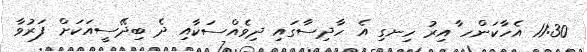
11:30 އެހާކަންހ ާއިރު ހިނގި އެ ހާދިސާގައި ދިވެއްސަކާއި ދެ ބިދޭސީއަކަށް ފަރުވާ